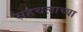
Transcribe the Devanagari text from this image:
सहचलाच्या